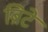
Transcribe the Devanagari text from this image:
ब्रिटे